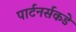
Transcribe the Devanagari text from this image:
पार्टनर्सकडे